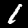
Label: 1